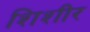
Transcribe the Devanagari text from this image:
शिशीर